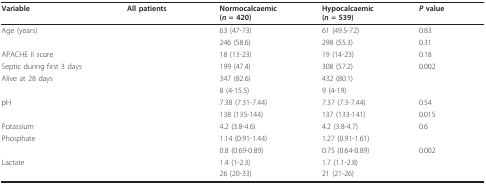
<table><thead><tr><td><b>Variable</b></td><td><b>All patients</b></td><td><b>Normocalcaemic(<i>n </i>= 420)</b></td><td><b>Hypocalcaemic(<i>n </i>= 539)</b></td><td><b><i>P </i>value</b></td></tr></thead><tbody><tr><td>Age (years)</td><td>[EMPTY_CELL]</td><td>63 (47-73)</td><td>61 (49.5-72)</td><td>0.83</td></tr><tr><td>[EMPTY_CELL]</td><td>[EMPTY_CELL]</td><td>246 (58.6)</td><td>298 (55.3)</td><td>0.31</td></tr><tr><td>APACHE II score</td><td>[EMPTY_CELL]</td><td>18 (13-23)</td><td>19 (14-23)</td><td>0.18</td></tr><tr><td>Septic during first 3 days</td><td>[EMPTY_CELL]</td><td>199 (47.4)</td><td>308 (57.2)</td><td>0.002</td></tr><tr><td>Alive at 28 days</td><td>[EMPTY_CELL]</td><td>347 (82.6)</td><td>432 (80.1)</td><td>[EMPTY_CELL]</td></tr><tr><td>[EMPTY_CELL]</td><td>[EMPTY_CELL]</td><td>8 (4-15.5)</td><td>9 (4-19)</td><td>[EMPTY_CELL]</td></tr><tr><td>pH</td><td>[EMPTY_CELL]</td><td>7.38 (7.31-7.44)</td><td>7.37 (7.3-7.44)</td><td>0.54</td></tr><tr><td>[EMPTY_CELL]</td><td>[EMPTY_CELL]</td><td>138 (135-144)</td><td>137 (133-141)</td><td>0.015</td></tr><tr><td>Potassium</td><td>[EMPTY_CELL]</td><td>4.2 (3.8-4.6)</td><td>4.2 (3.8-4.7)</td><td>0.6</td></tr><tr><td>Phosphate</td><td>[EMPTY_CELL]</td><td>1.14 (0.91-1.44)</td><td>1.27 (0.91-1.61)</td><td>[EMPTY_CELL]</td></tr><tr><td>[EMPTY_CELL]</td><td>[EMPTY_CELL]</td><td>0.8 (0.69-0.89)</td><td>0.75 (0.64-0.89)</td><td>0.002</td></tr><tr><td>Lactate</td><td>[EMPTY_CELL]</td><td>1.4 (1-2.3)</td><td>1.7 (1.1-2.8)</td><td>[EMPTY_CELL]</td></tr><tr><td>[EMPTY_CELL]</td><td>[EMPTY_CELL]</td><td>26 (20-33)</td><td>21 (21-26)</td><td>[EMPTY_CELL]</td></tr></tbody></table>